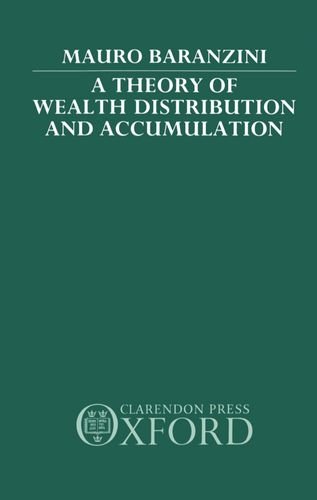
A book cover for A Theory of Wealth Distribution and Accumulation; Mauro Baranzini; Business & Money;